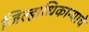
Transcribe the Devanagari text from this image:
जिल्हाधिकाऱ्याचे